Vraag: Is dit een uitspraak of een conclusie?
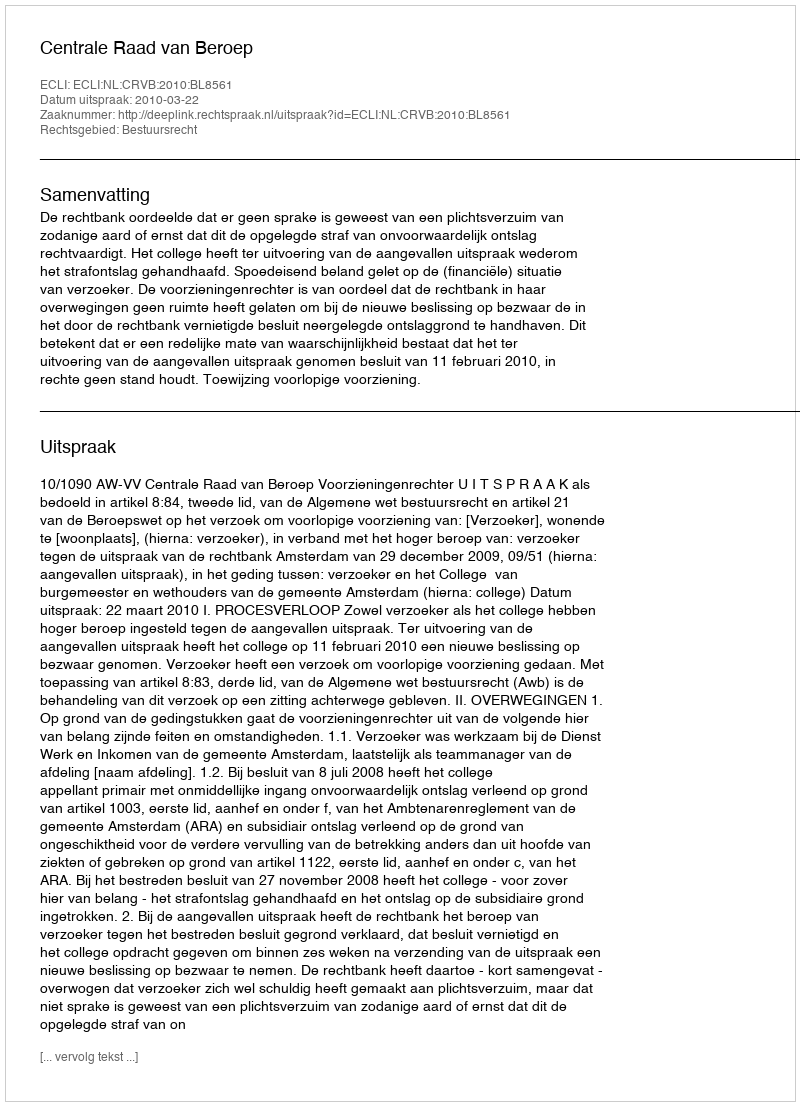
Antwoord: Uitspraak